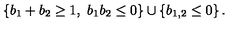
\left\{ b _ { 1 } + b _ { 2 } \geq 1 , \ b _ { 1 } b _ { 2 } \leq 0 \right\} \cup \left\{ b _ { 1 , 2 } \leq 0 \right\} .